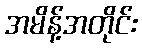
အမိန့်အတိုင်း